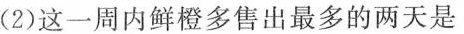
(2)这一周内鲜橙多售出最多的两天是